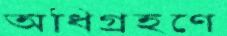
অধিগ্রহণে